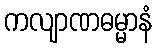
ကလျာဏဓမ္မာနံ